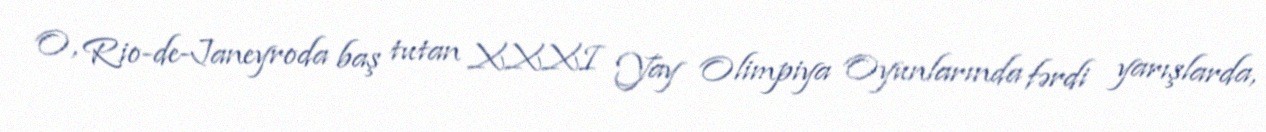
O, Rio-de-Janeyroda baş tutan XXXI Yay Olimpiya Oyunlarında fərdi yarışlarda,